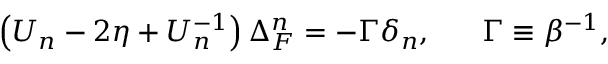
\left( U _ { n } - 2 \eta + U _ { n } ^ { - 1 } \right) \Delta _ { F } ^ { n } = - \Gamma \delta _ { n } , \; \; \; \; \; \; \Gamma \equiv \beta ^ { - 1 } ,